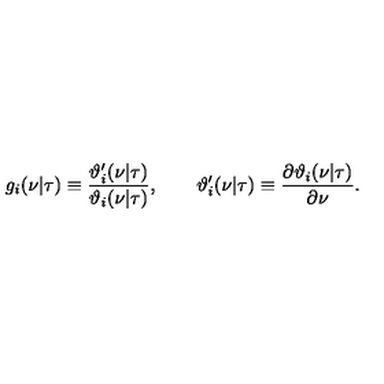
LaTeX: g _ { i } ( \nu | \tau ) \equiv { \frac { \vartheta _ { i } ^ { \prime } ( \nu | \tau ) } { \vartheta _ { i } ( \nu | \tau ) } } , \qquad \vartheta _ { i } ^ { \prime } ( \nu | \tau ) \equiv { \frac { \partial \vartheta _ { i } ( \nu | \tau ) } { \partial \nu } } .